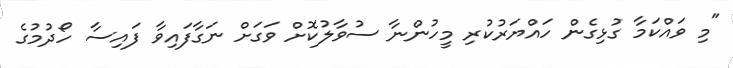
"މި ވައްކަމާ ގުޅިގެން ހައްޔަރުކުރި މީހުންނާ ސުވާލުކޮށް ވަގަށް ނަގާފައިވާ ފައިސާ ހޯދުމުގެ